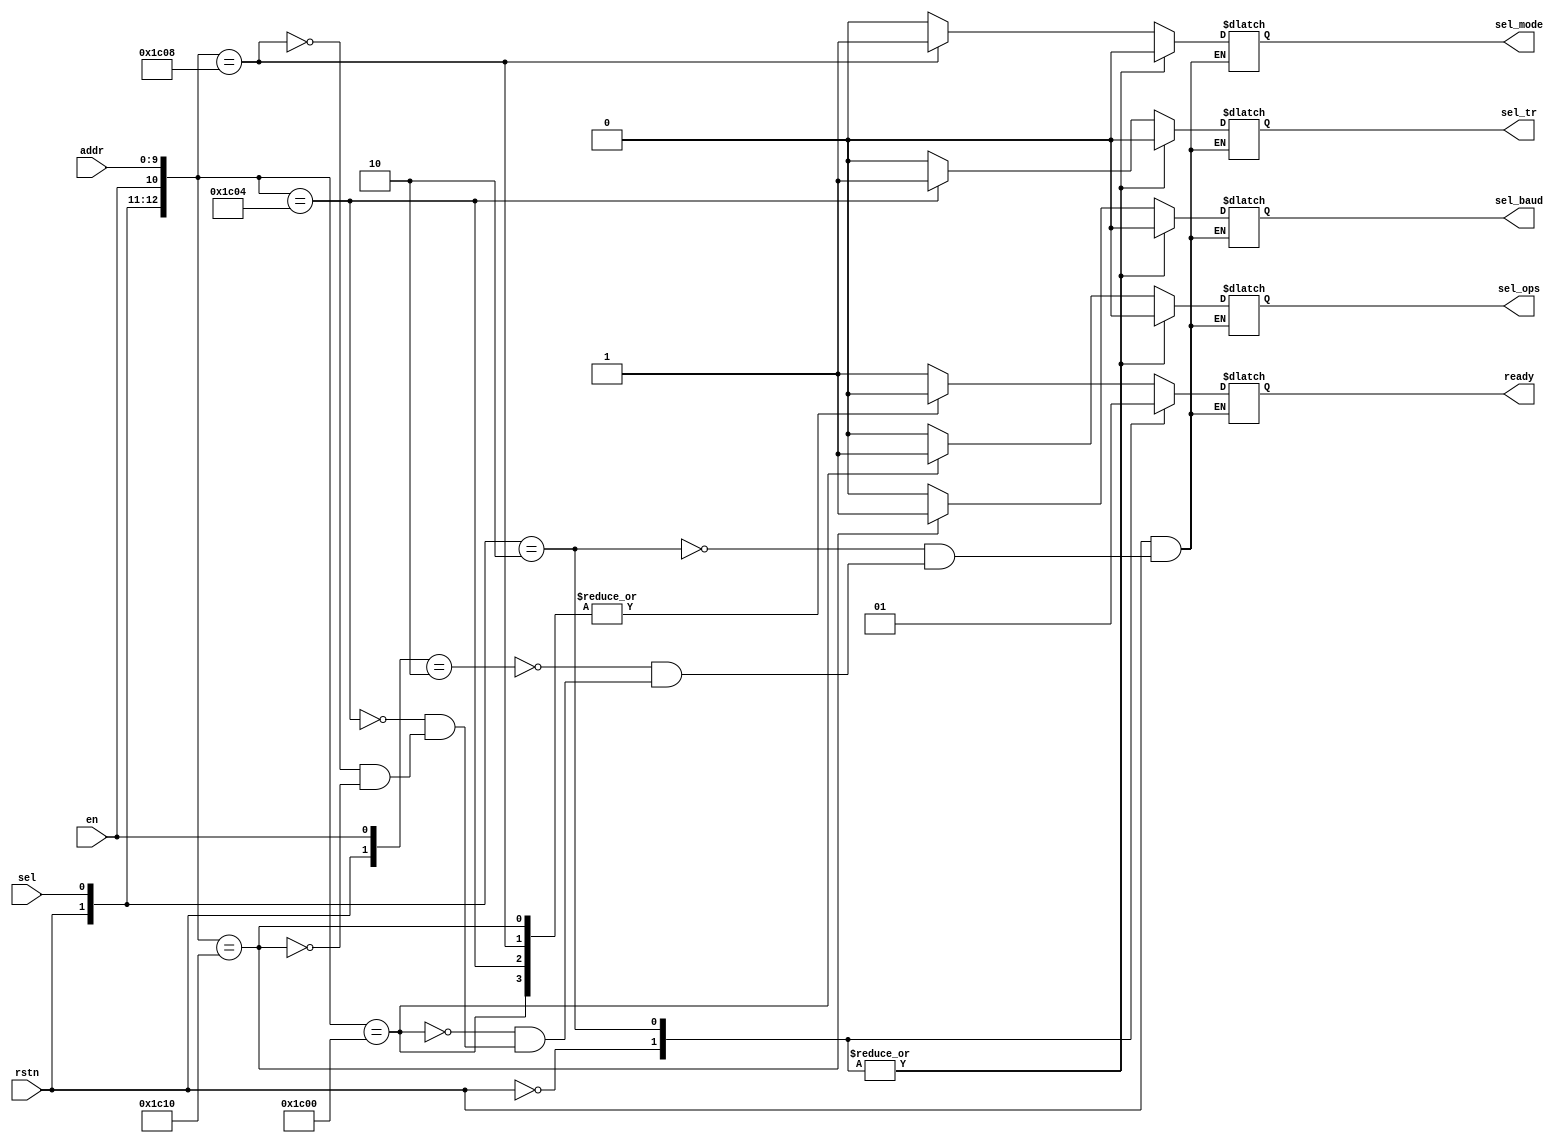
/* ----------------------------------------
		!!! UART APB Control module !!!
	----------------------------------------
	
	Switch between RX & TX modes
	
*/

module uart_apb_cp
(
	// Inputs:
	input wire			rstn,
	input wire			sel,
	input wire [11:2] addr, 			 // partial register address
	input wire			en,				 // active HIGH enable for transfer control
	
	// Outputs:
	output reg	ready,
	output reg sel_ops,		// active HIGH to start tx/rx operations. addr: 0x00
	output reg sel_tr,		// active HIGH to set TX/RX mode.			addr: 0x04
	output reg sel_mode,		// active HIGH to ser 8/10 bit mode.		addr: 0x08
	output reg sel_baud		// active HIGH to set baudrate.				addr: 0x10
);

/* -------------------
	internal wires/regs
	------------------- */
	
	
/* ----------------
	conditions check
	---------------- */
	
	
/* -------------
	CONTROL Logic
	------------- */
always @ *
begin

	casex ({rstn, sel, en, addr})
	
		// Reset
		{1'b0, 1'bx, 1'bx, 10'bx}: begin
												ready    = 1'b0;
												sel_ops  = 1'b0;
												sel_tr   = 1'b0;
												sel_mode = 1'b0;
												sel_baud = 1'b0;
											end
											
		// Idling
		{1'b1, 1'b0, 1'bx, 10'bx}: begin
												ready    = 1'b1;
												sel_ops  = 1'b0;
												sel_tr   = 1'b0;
												sel_mode = 1'b0;
												sel_baud = 1'b0;
											end
		
		{1'b1, 1'bx, 1'b0, 10'bx}: begin
												ready    = 1'b1;
												sel_ops  = 1'b0;
												sel_tr   = 1'b0;
												sel_mode = 1'b0;
												sel_baud = 1'b0;
											end
		
		
		// enable OPERATING mode. addr: 0x00
		{1'b1, 1'b1, 1'b1, 10'h0}: begin
														ready    = 1'b0;
														sel_ops  = 1'b1;
														sel_tr   = 1'b0;
														sel_mode = 1'b0;
														sel_baud = 1'b0;
													end
		
		// set TX/RX ops. addr: 0x04
		{1'b1, 1'b1, 1'b1, 10'h4}: begin
												ready    = 1'b0;
												sel_ops  = 1'b0;
												sel_tr   = 1'b1;
												sel_mode = 1'b0;
												sel_baud = 1'b0;
											end
		
		// set 8/10 bit mode. addr: 0x08
		{1'b1, 1'b1, 1'b1, 10'h8}: begin
												ready    = 1'b0;
												sel_ops  = 1'b0;
												sel_tr   = 1'b0;
												sel_mode = 1'b1;
												sel_baud = 1'b0;
											end
		
		// set baudrate. addr: 0x10
		{1'b1, 1'b1, 1'b1, 10'h10}: begin
												ready    = 1'b0;
												sel_ops  = 1'b0;
												sel_tr   = 1'b0;
												sel_mode = 1'b0;
												sel_baud = 1'b1;
											end
		
	endcase

end

endmodule